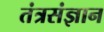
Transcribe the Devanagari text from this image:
तंत्रसंज्ञान